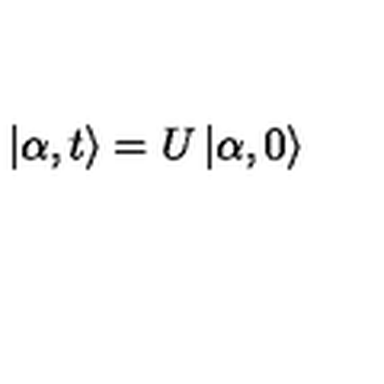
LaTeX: \left| \alpha , t \right\rangle = U \left| \alpha , 0 \right\rangle